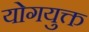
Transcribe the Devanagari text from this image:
योगयुक्त